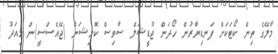
މާލޭގެ ތިން ކޯޓަކަށް ފަނޑިޔާރުން ހޯދަން ޖުޑީޝަލް ސާވިސް ކޮމިޝަން (ޖޭއެސްސީ)ން މިއަދު